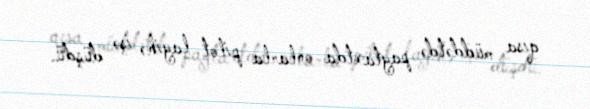
qısa müddətdə paytaxtda onlarla pilot layihə işə düşdü.